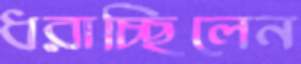
ধরাচ্ছিলেন